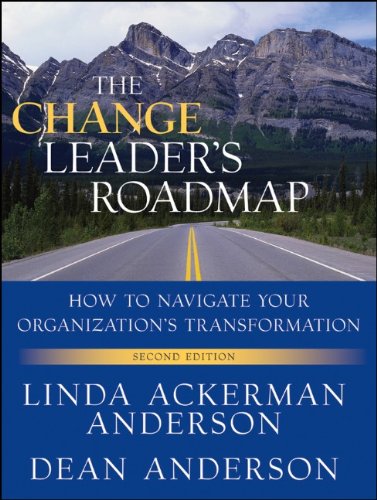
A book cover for The Change Leader's Roadmap: How to Navigate Your Organization's Transformation; Linda Ackerman Anderson; Business & Money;